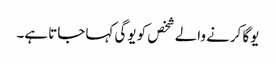
یوگا کرنے والے شخص کو یوگی کہا جاتا ہے۔